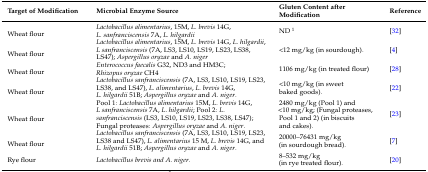
<table><thead><tr><td><b>Target of Modification</b></td><td><b>Microbial Enzyme Source</b></td><td><b>Gluten Content after Modification</b></td><td><b>Reference</b></td></tr></thead><tbody><tr><td>Wheat flour</td><td><i>Lactobacillus alimentarius</i>, 15M, <i>L. brevis</i> 14G, <i>L. sanfranciscensis</i> 7A, <i>L. hilgardii</i></td><td>ND <sup>1</sup></td><td>[32]</td></tr><tr><td>Wheat flour</td><td><i>Lactobacillus alimentarius</i>, 15M, <i>L. brevis</i> 14G, <i>L. hilgardii</i>, <i>L sanfranciscensis</i> (7A, LS3, LS10, LS19, LS23, LS38, LS47); <i>Aspergillus oryzae</i> and <i>A. niger</i></td><td>&lt;12 mg/kg (in sourdough).</td><td>[4]</td></tr><tr><td>Wheat flour</td><td><i>Enterococcus faecalis</i> G32, ND3 and HM3C; <i>Rhizopus oryzae</i> CH4</td><td>1106 mg/kg (in treated flour)</td><td>[28]</td></tr><tr><td>Wheat flour</td><td><i>Lactobacillus sanfranciscensis</i> (7A, LS3, LS10, LS19, LS23, LS38, and LS47), <i>L. alimentarius</i>, <i>L. brevis</i> 14G, <i>L. hilgardii</i> 51B; <i>Aspergillus oryzae</i> and <i>A. niger</i>.</td><td>&lt;10 mg/kg (in sweet baked goods).</td><td>[22]</td></tr><tr><td>Wheat flour</td><td>Pool 1: <i>Lactobacillus alimentarius</i> 15M, <i>L. brevis</i> 14G, <i>L sanfranciscensis</i> 7A, <i>L. hilgardii</i>; Pool 2: <i>L. sanfranciscensis</i> (LS3, LS10, LS19, LS23, LS38, LS47); Fungal proteases: <i>Aspergillus oryzae</i> and <i>A. niger</i>.</td><td>2480 mg/kg (Pool 1) and &lt;10 mg/kg; (Fungal proteases, Pool 1 and 2) (in biscuits and cakes).</td><td>[23]</td></tr><tr><td>Wheat flour</td><td><i>Lactobacillus sanfranciscensis</i> (7A, LS3, LS10, LS19, LS23, LS38 and LS47), <i>L. alimentarius</i> 15 M, <i>L. brevis</i> 14G, and <i>L. hilgardii</i> 51B; <i>Aspergillus oryzae</i> and <i>A. niger</i>.</td><td>20000–76431 mg/kg (in sourdough bread).</td><td>[7]</td></tr><tr><td>Rye flour</td><td><i>Lactobacillus brevis and A. niger</i>.</td><td>8–532 mg/kg (in rye treated flour).</td><td>[20]</td></tr></tbody></table>